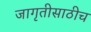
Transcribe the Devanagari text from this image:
जागृतीसाठीच